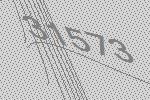
31573